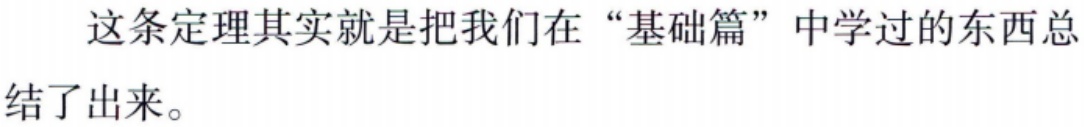
这条定理其实就是把我们在“基础篇”中学过的东西总结了出来。